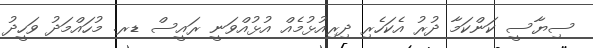
ސިޔާސީ ކަންކަމާ ދުރު އެކަހެރި ދިރިއުޅުމެއް އުޅުއްވަނީ ރައީސް ޑރ. މުހައްމަދު ވަހީދު